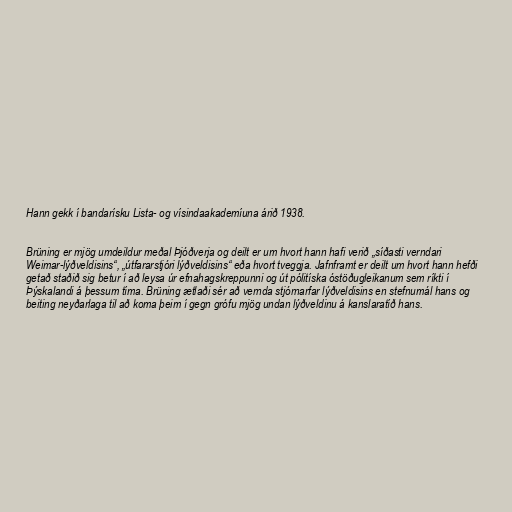
Hann gekk í bandarísku Lista- og vísindaakademíuna árið 1938.

Brüning er mjög umdeildur meðal Þjóðverja og deilt er um hvort hann hafi verið „síðasti verndari
Weimar-lýðveldisins“, „útfararstjóri lýðveldisins“ eða hvort tveggja. Jafnframt er deilt um hvort hann hefði
getað staðið sig betur í að leysa úr efnahagskreppunni og út pólitíska óstöðugleikanum sem ríkti í
Þýskalandi á þessum tíma. Brüning ætlaði sér að vernda stjórnarfar lýðveldisins en stefnumál hans og
beiting neyðarlaga til að koma þeim í gegn grófu mjög undan lýðveldinu á kanslaratíð hans.